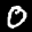
Label: 0